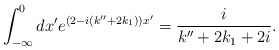
\begin{align*}\int_{-\infty}^{0} dx' e^{\left(2-i(k''+2k_{1})\right)x'}=\frac{i}{k''+2k_{1}+2i}.\end{align*}